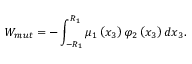
W _ { m u t } = - \int _ { - R _ { 1 } } ^ { R _ { 1 } } \mu _ { 1 } \left( x _ { 3 } \right) \varphi _ { 2 } \left( x _ { 3 } \right) d x _ { 3 } .